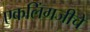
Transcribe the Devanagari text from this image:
एकलिंगजीचे